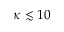
\kappa \lesssim 1 0